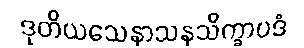
ဒုတိယသေနာသနသိက္ခာပဒံ